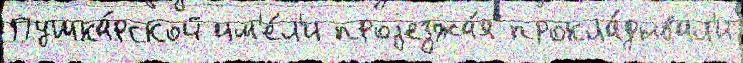
Пушка́рской им'е́л'и проjезжа́я прокла́дывал'и